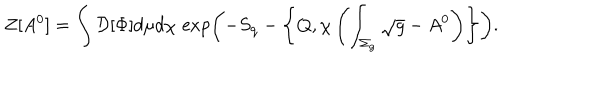
LaTeX: Z [ A ^ { 0 } ] = \int { \cal D } [ \Phi ] d \mu d \chi \, \exp \biggl ( - S _ { \mathrm { q } } - \left\{ Q , \chi \left( \int _ { \Sigma _ { g } } \sqrt { g } - A ^ { 0 } \right) \right\} \biggr ) .